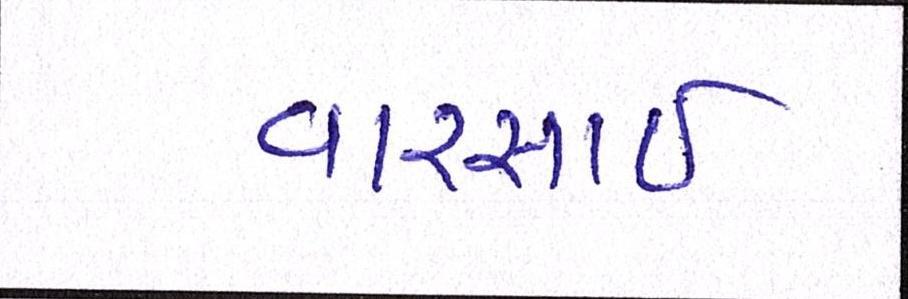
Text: વારસાઇ